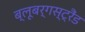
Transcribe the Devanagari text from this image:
ब्‍लूबर्गस्‍ट्रैंड